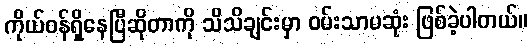
ကိုယ်ဝန်ရှိနေပြီဆိုတာကို သိသိချင်းမှာ ဝမ်းသာမဆုံး ဖြစ်ခဲ့ပါတယ်။